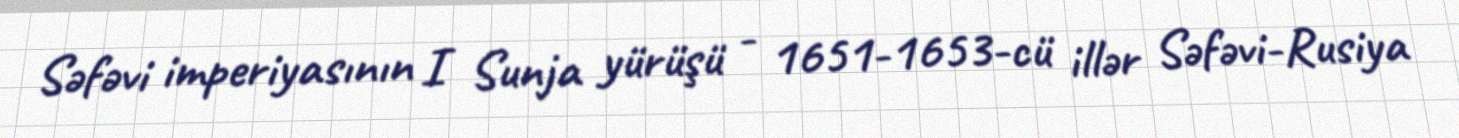
Səfəvi imperiyasının I Sunja yürüşü - 1651-1653-cü illər Səfəvi-Rusiya